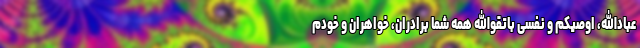
عبادالله، اوصیکم و نفسی باتقوالله همه شما برادران، خواهران و خودم